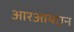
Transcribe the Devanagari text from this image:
आरआयएन